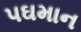
પઘમાન